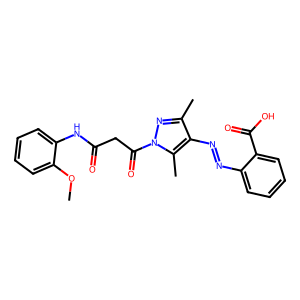
SMILES: COc1ccccc1NC(=O)CC(=O)n1nc(C)c(N=Nc2ccccc2C(=O)O)c1C
Inhibits HIV replication: No